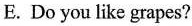
E.Do you like grapes?